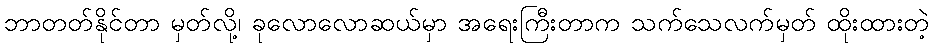
ဘာတတ်နိုင်တာ မှတ်လို့၊ ခုလောလောဆယ်မှာ အရေးကြီးတာက သက်သေလက်မှတ် ထိုးထားတဲ့